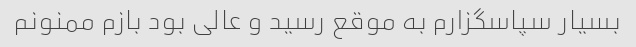
بسیار سپاسگزارم به موقع رسید و عالی بود بازم ممنونم